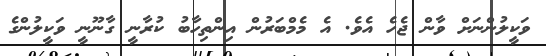
ވަކީލުންނަށް ވާން ޖެހެ އެވެ. އެ މެމްބަރުން އިންތިހާބު ކުރާނީ ގާނޫނީ ވަކީލުންގެ